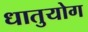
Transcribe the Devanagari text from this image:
धातुयोग